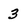
Character: 3